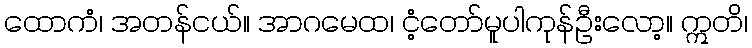
ထောကံ၊ အတန်ငယ်။ အာဂမေထ၊ ငံ့တော်မူပါကုန်ဦးလော့။ ဣတိ၊